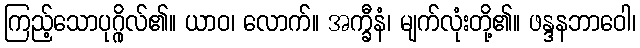
ကြည့်သောပုဂ္ဂိုလ်၏။ ယာဝ၊ လောက်။ အက္ခီနံ၊ မျက်လုံးတို့၏။ ဖန္ဒနဘာဝေါ၊